Physiological action of certain drugs in tablet form - Number 52A
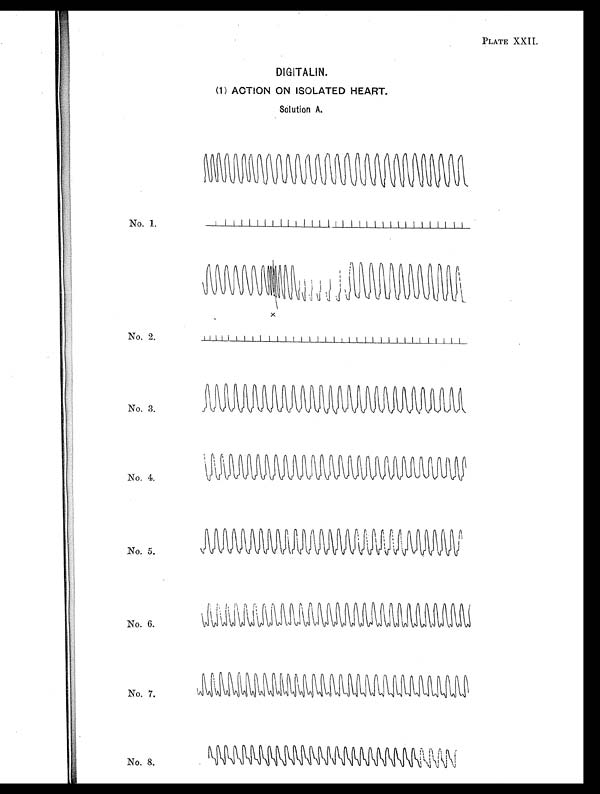
PLATE XXII.
DIGITALIN.
(1) ACTION ON ISOLATED HEART.
Solution A.
No. 1.
No. 2.
x
No. 3.
No. 4.
No. 5.
No. 6.
No. 7.
No. 8.